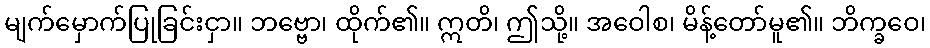
မျက်မှောက်ပြုခြင်းငှာ။ ဘဗ္ဗော၊ ထိုက်၏။ ဣတိ၊ ဤသို့။ အဝေါစ၊ မိန့်တော်မူ၏။ ဘိက္ခဝေ၊